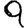
Digit: 9